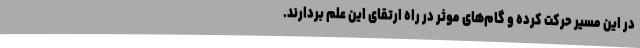
در این مسیر حرکت کرده و گام‌های موثر در راه ارتقای این علم بردارند.